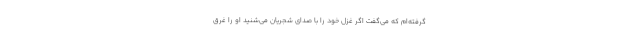
گرفته‌ام که می‌گفت اگر غزل خود را با صدای شجریان می‌شنید او را غرق